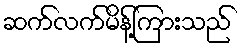
ဆက်လက်မိန့်ကြားသည်